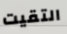
التقيت